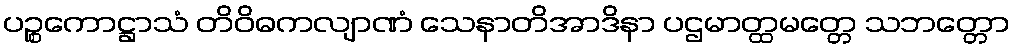
ပဉ္စကောဋ္ဌာသံ တိဝိဓကလျာဏံ သေနာတိအာဒိနာ ပဌမာတ္ထမတ္တေ သဘတ္တော